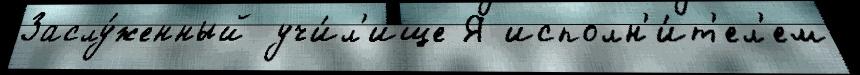
Заслу́женный учи́л'ище Я исполн'и́т'ел'ем